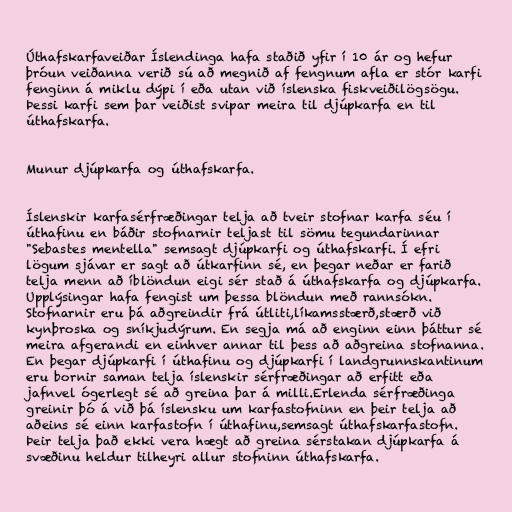
Úthafskarfaveiðar Íslendinga hafa staðið yfir í 10 ár og hefur
þróun veiðanna verið sú að megnið af fengnum afla er stór karfi
fenginn á miklu dýpi í eða utan við íslenska fiskveiðilögsögu.
Þessi karfi sem þar veiðist svipar meira til djúpkarfa en til
úthafskarfa.

Munur djúpkarfa og úthafskarfa.

Íslenskir karfasérfræðingar telja að tveir stofnar karfa séu í
úthafinu en báðir stofnarnir teljast til sömu tegundarinnar
"Sebastes mentella" semsagt djúpkarfi og úthafskarfi. Í efri
lögum sjávar er sagt að útkarfinn sé, en þegar neðar er farið
telja menn að íblöndun eigi sér stað á úthafskarfa og djúpkarfa.
Upplýsingar hafa fengist um þessa blöndun með rannsókn.
Stofnarnir eru þá aðgreindir frá útliti,líkamsstærð,stærð við
kynþroska og sníkjudýrum. En segja má að enginn einn þáttur sé
meira afgerandi en einhver annar til þess að aðgreina stofnanna.
En þegar djúpkarfi í úthafinu og djúpkarfi í landgrunnskantinum
eru bornir saman telja íslenskir sérfræðingar að erfitt eða
jafnvel ógerlegt sé að greina þar á milli.Erlenda sérfræðinga
greinir þó á við þá íslensku um karfastofninn en þeir telja að
aðeins sé einn karfastofn í úthafinu,semsagt úthafskarfastofn.
Þeir telja það ekki vera hægt að greina sérstakan djúpkarfa á
svæðinu heldur tilheyri allur stofninn úthafskarfa.